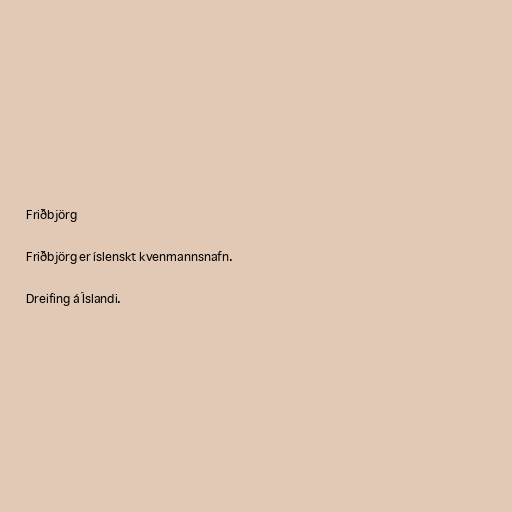
Friðbjörg

Friðbjörg er íslenskt kvenmannsnafn.

Dreifing á Íslandi.